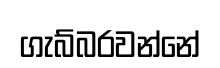
ගැබ්බරවන්නේ